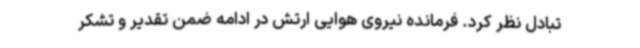
تبادل نظر کرد. فرمانده نیروی هوایی ارتش در ادامه ضمن تقدیر و تشکر